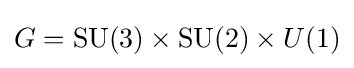
G=\mathrm {SU} (3)\times \mathrm {SU} (2)\times U(1)